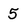
Character: 5